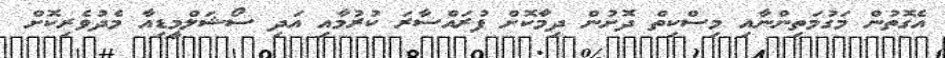
އެގޮތުން މަގުމަތިންނާއި މިސްކިތް ދޮށުން ދިމާކޮށް ފުރައްސާރަ ކުރުމާއި އަދި ސޯޝަލްމީޑިއާ މެދުވެރިކޮށް